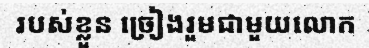
របស់ខ្លួន ច្រៀងរួមជាមួយលោក